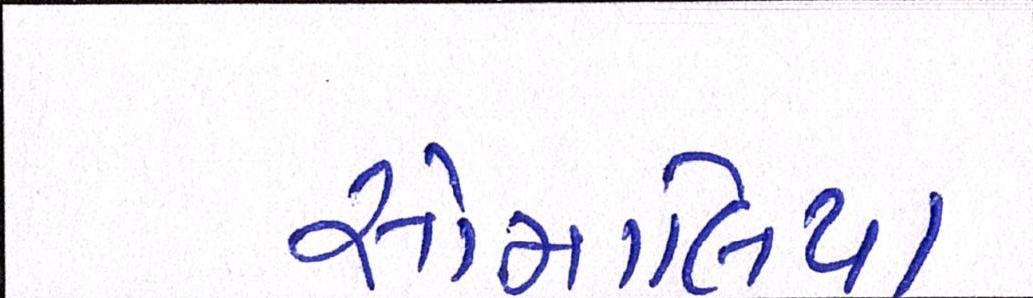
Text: સોમાલિયા